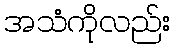
အသံကိုလည်း